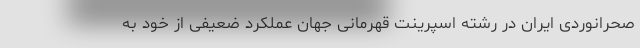
صحرانوردی ایران در رشته اسپرینت قهرمانی جهان عملکرد ضعیفی از خود به